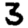
Digit: 3